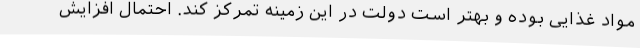
مواد غذایی بوده و بهتر است دولت در این زمینه تمرکز کند. احتمال افزایش